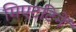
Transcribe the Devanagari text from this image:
मिएटटिनें